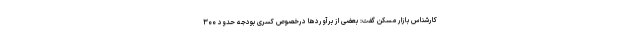
کارشناس بازار مسکن گفت: بعضی از برآوردها درخصوص کسری بودجه حدود ۳۰۰